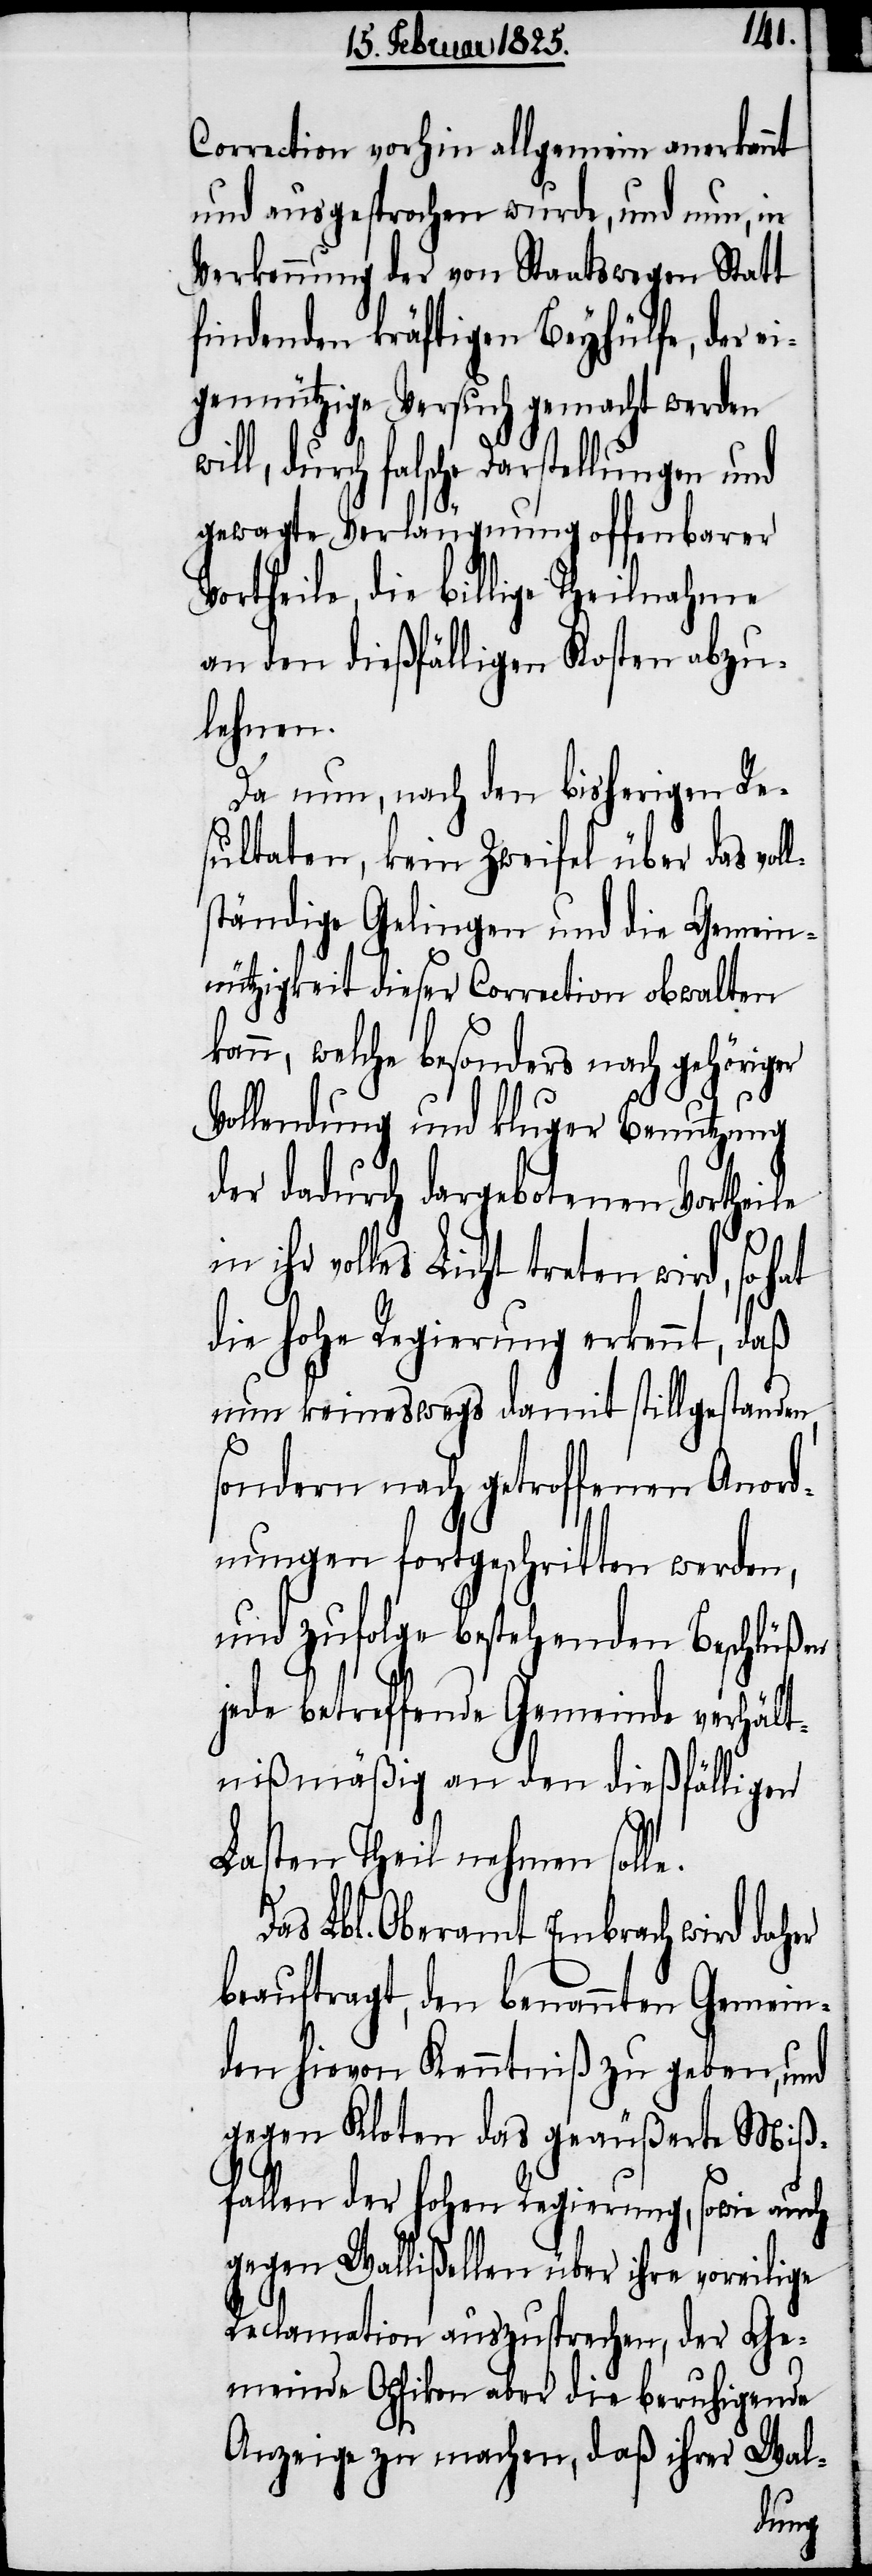
Correction vorhin allgemein anerkennt
und ausgesprochen wurde, und nun, in
Verkennung der von Staatswegen Statt
findenden kräftigen Beyhülfe, der ei¬
gennützige Versuch gemacht werden
durch falsche Darstellungen und
gewagte Verläugnung offenbarer
Vortheile, die billige Theilnahme
an den dießfälligen Kosten abzu¬
lehnen.
Da nun, nach den bisherigen Re¬
sultaten, kein Zweifel über das vol¬
ständige Gelingen und die Gemein¬
nützigkeit dieser Correction obwalten
kann, welche besonders nach gehöriger
l¬
Vollendung und kluger Benutzung
der dadurch dargebotenen Vortheile
in ihr volles Licht treten wird, so hat
die hohe Regierung erkennt, daß
nun keineswegs damit stillgestanden,
sondern nach getroffenen Anord¬
nungen fortgeschritten werden,
und zufolge bestehenden Beschlüßen
jede betreffende Gemeinde verhält¬
nißmäßig an den dießfälligen
Lasten Theil nehmen solle.
Das Lbl. Oberamt Embrach wird daher
beauftragt, den benannten Gemein¬
den hievon Kenntniß zu geben, und
gegen Kloten das geäußerte Miß¬
fallen der hohen Regierung, sowie auch
gegen Wallißellen über ihre voreilige
Reclamation auszusprechen, der Ge¬
meinde Opfikon aber die beruhigende
Anzeige zu machen, daß ihrer Wal-